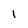
Character: 1